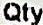
QTY